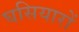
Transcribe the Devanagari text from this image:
घसियारों